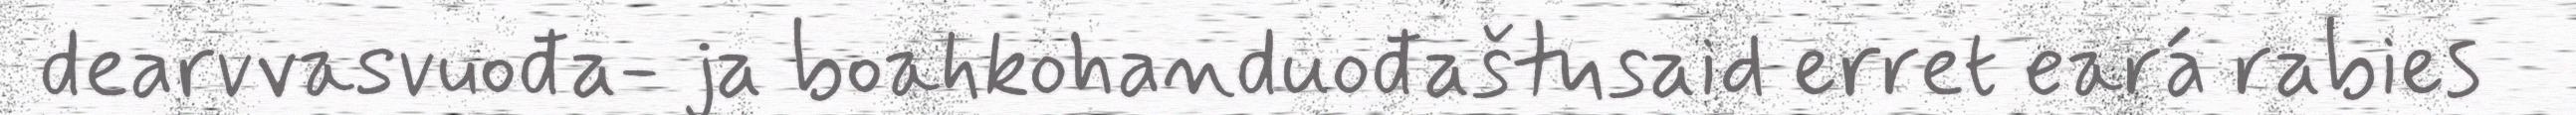
dearvvasvuođa- ja boahkohanduođaštusaid erret eará rabies